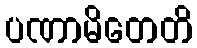
ပဏာမိတေတိ